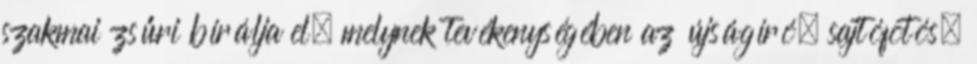
szakmai zsűri bírálja el, melynek tevékenységében az újságíró, sajtófotós,